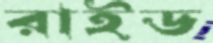
রাইড